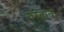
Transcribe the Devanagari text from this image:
गस्तावो